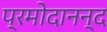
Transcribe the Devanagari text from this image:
प्रमोदानन्द